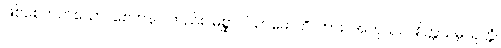
ဖြစ်စေတတ်သော။ စေတနာ၊ တည်း။ မိစ္ဆာဝါယာမောတိ၊ ကား။ အကုသလစိတ္တသမ္ပယုတ္တံ၊